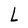
Character: L